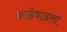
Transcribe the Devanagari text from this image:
काठेवाडला